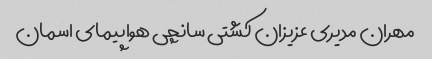
مهران مدیری عزیزان کشتی سانچی هواپیمای اسمان